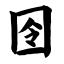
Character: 囹